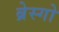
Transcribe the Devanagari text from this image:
ब्रेस्गो